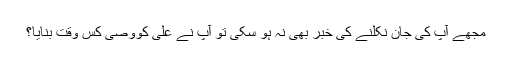
مجھے آپ کی جان نکلنے کی خبر بھی نہ ہو سکی تو آپ نے علی کووصی کس وقت بنایا؟